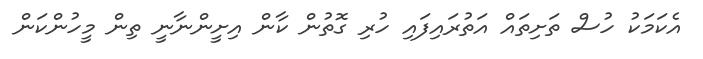
އެކަމަކު ހުސް ތަށިތައް އަތުރައިފައި ހުރި ގޮތުން ކާން އިށީންނާނީ ތިން މީހުންކަން